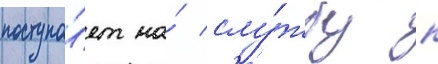
поступа́ет на́ слу́жбу к